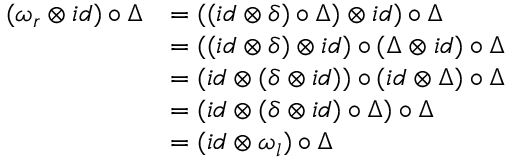
\begin{array} { r l } { ( \omega _ { r } \otimes i d ) \circ \Delta } & { = ( ( i d \otimes \delta ) \circ \Delta ) \otimes i d ) \circ \Delta } \\ & { = ( ( i d \otimes \delta ) \otimes i d ) \circ ( \Delta \otimes i d ) \circ \Delta } \\ & { = ( i d \otimes ( \delta \otimes i d ) ) \circ ( i d \otimes \Delta ) \circ \Delta } \\ & { = ( i d \otimes ( \delta \otimes i d ) \circ \Delta ) \circ \Delta } \\ & { = ( i d \otimes \omega _ { l } ) \circ \Delta } \end{array}